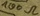
Text: 100Ω